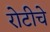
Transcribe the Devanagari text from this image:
रोटीचे